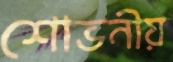
শোভনীয়